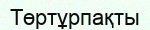
Төртұрпақты